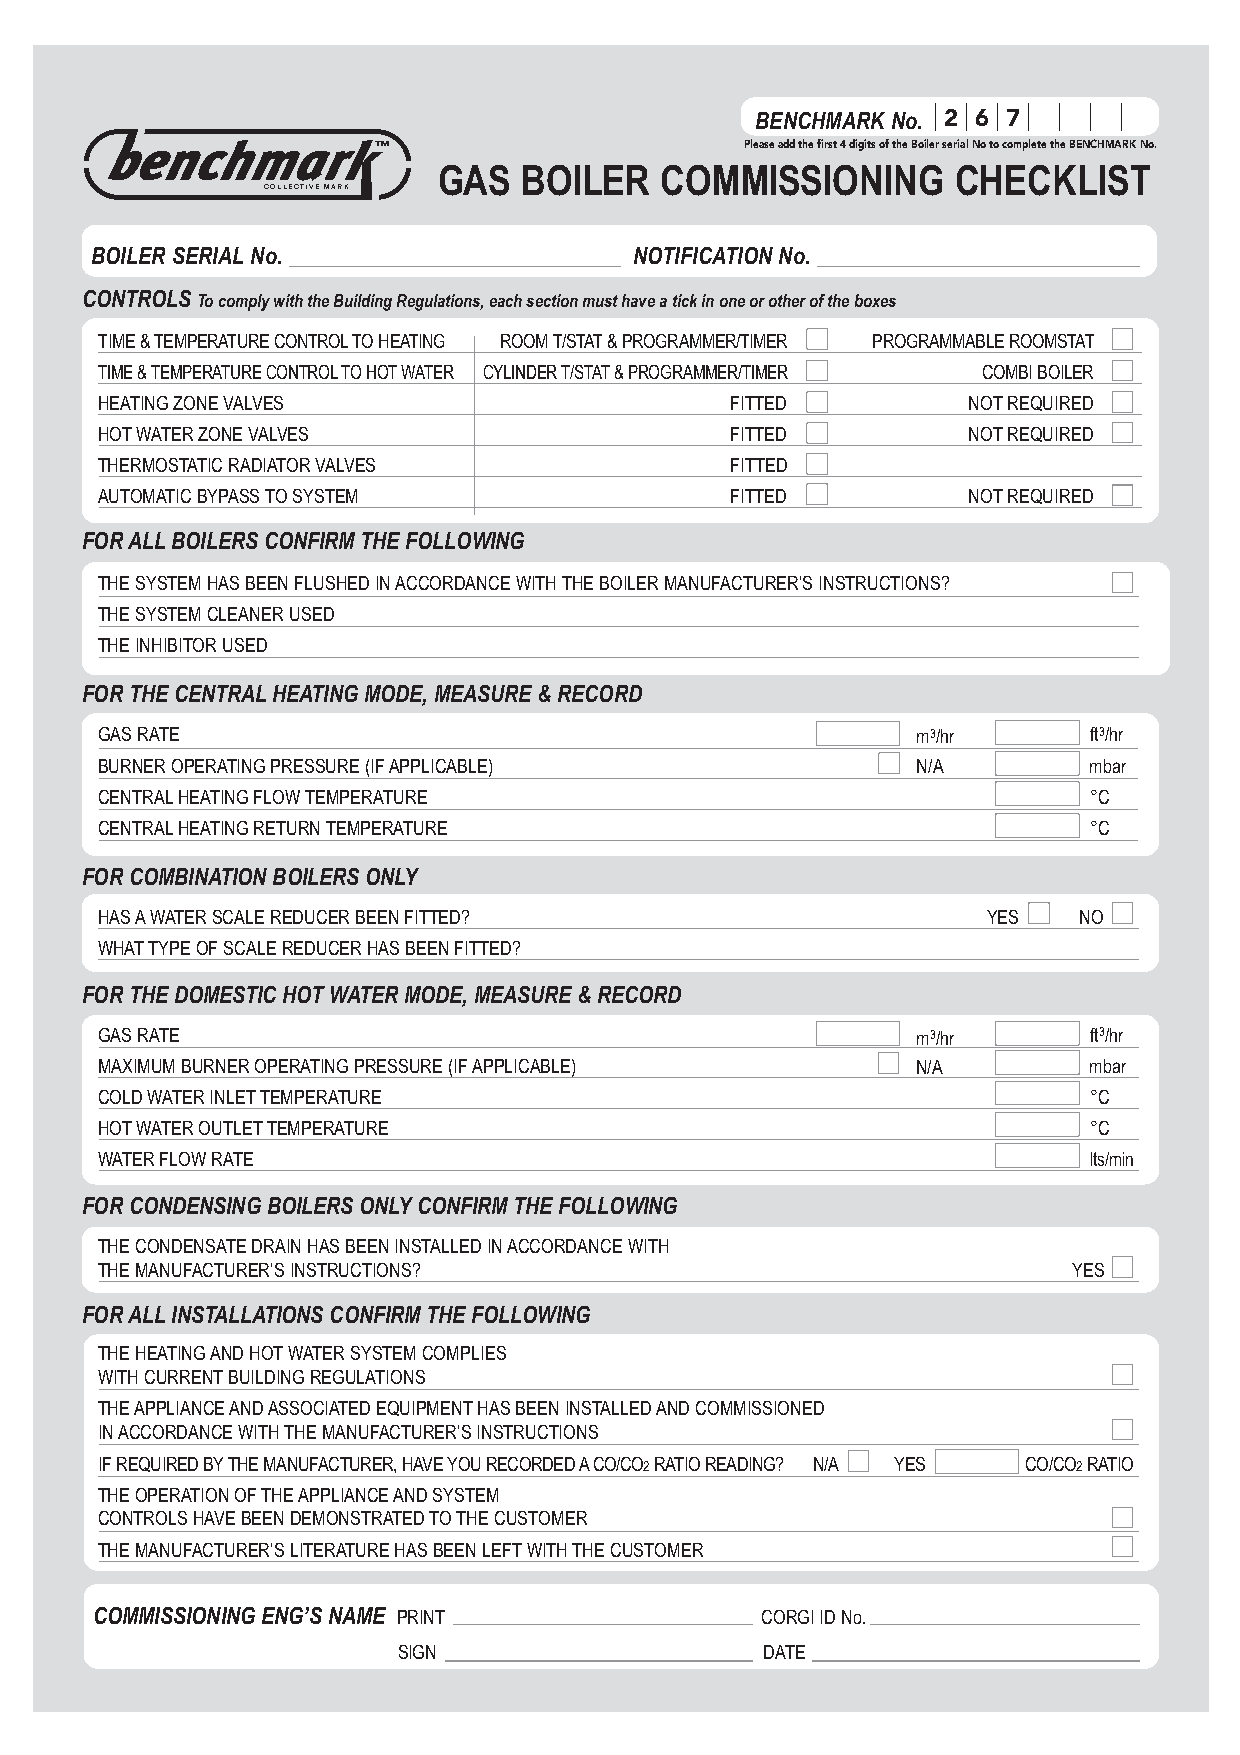
BENCHMARK No. 2 6 7
 Please add the first 4 digits of the Boiler serial No to complete the BENCHMARK No.
 GAS   BOILER   COMMISSIONING      CHECKLIST
 COLLECTIVE MARK
 BOILER SERIALNo.                    NOTIFICATION No.
 CONTROLS To comply with the Building Regulations, each section must have a tick in one or other of the boxes
 TIME & TEMPERATURE CONTROLTO HEATING ROOM T/STAT& PROGRAMMER/TIMER PROGRAMMABLE ROOMSTAT
 TIME & TEMPERATURE CONTROLTO HOTWATER CYLINDER T/STAT& PROGRAMMER/TIMER COMBI BOILER
 HEATING ZONE VALVES                      FITTED          NOTREQUIRED
 HOTWATER ZONE VALVES                     FITTED          NOTREQUIRED
 THERMOSTATIC RADIATOR VALVES             FITTED
 AUTOMATIC BYPASS TO SYSTEM               FITTED          NOTREQUIRED
 FOR ALLBOILERS CONFIRM THE FOLLOWING
 THE SYSTEM HAS BEEN FLUSHED IN ACCORDANCE WITH THE BOILER MANUFACTURER’S INSTRUCTIONS?
 THE SYSTEM CLEANER USED
 THE INHIBITOR USED
 FOR THE CENTRALHEATING MODE, MEASURE & RECORD
 GAS RATE                                              m3/hr      ft3/hr
 BURNER OPERATING PRESSURE (IF APPLICABLE)             N/A        mbar
 CENTRALHEATING FLOW TEMPERATURE                                  °C
 CENTRALHEATING RETURN TEMPERATURE                                °C
 FOR COMBINATION BOILERS ONLY
 HAS AWATER SCALE REDUCER BEEN FITTED?                     YES   NO
 WHATTYPE OF SCALE REDUCER HAS BEEN FITTED?
 FOR THE DOMESTIC HOT WATER MODE, MEASURE & RECORD
 GAS RATE                                              m3/hr      ft3/hr
 MAXIMUM BURNER OPERATING PRESSURE (IF APPLICABLE)     N/A        mbar
 COLD WATER INLETTEMPERATURE                                      °C
 HOTWATER OUTLETTEMPERATURE                                       °C
 WATER FLOW RATE                                                  lts/min
 FOR CONDENSING BOILERS ONLYCONFIRM THE FOLLOWING
 THE CONDENSATE DRAIN HAS BEEN INSTALLED IN ACCORDANCE WITH
 THE MANUFACTURER’S INSTRUCTIONS?                                YES
 FOR ALLINSTALLATIONS CONFIRM THE FOLLOWING
 THE HEATING AND HOTWATER SYSTEM COMPLIES
 WITH CURRENTBUILDING REGULATIONS
 THE APPLIANCE AND ASSOCIATED EQUIPMENTHAS BEEN INSTALLED AND COMMISSIONED
 IN ACCORDANCE WITH THE MANUFACTURER’S INSTRUCTIONS
 IF REQUIRED BYTHE MANUFACTURER, HAVE YOU RECORDED ACO/CO2RATIO READING? N/A YES CO/CO2RATIO
 THE OPERATION OF THE APPLIANCE AND SYSTEM
 CONTROLS HAVE BEEN DEMONSTRATED TO THE CUSTOMER
 THE MANUFACTURER’S LITERATURE HAS BEEN LEFTWITH THE CUSTOMER
 COMMISSIONING ENG’S NAME PRINT              CORGI ID No.
 SIGN                     DATE